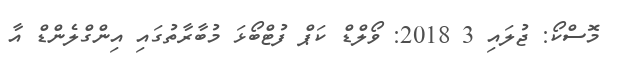
މޮސްކޯ: ޖުލައި 3 2018: ވޯލްޑް ކަޕް ފުޓްބޯޅަ މުބާރާތުގައި އިންގްލެންޑް އާ